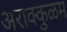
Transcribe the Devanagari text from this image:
अराक्कुळम